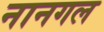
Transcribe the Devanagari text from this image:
नानगल